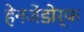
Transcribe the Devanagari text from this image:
हेनजेंडोर्फ